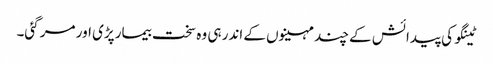
ٹینگو کی پیدائش کے چند مہینوں کے اندر ہی وہ سخت بیمار پڑی اور مر گئی۔